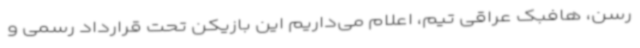
رسن، هافبک عراقی تیم، اعلام می‌داریم این بازیکن تحت قرارداد رسمی و